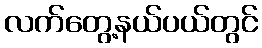
လက်တွေ့နယ်ပယ်တွင်